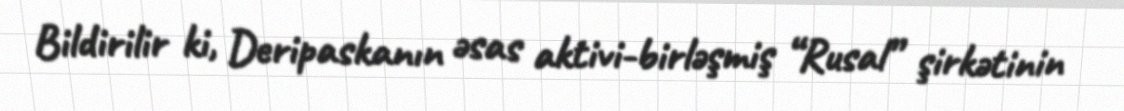
Bildirilir ki, Deripaskanın əsas aktivi-birləşmiş “Rusal” şirkətinin